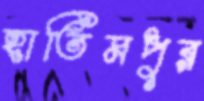
হাতিমপুর